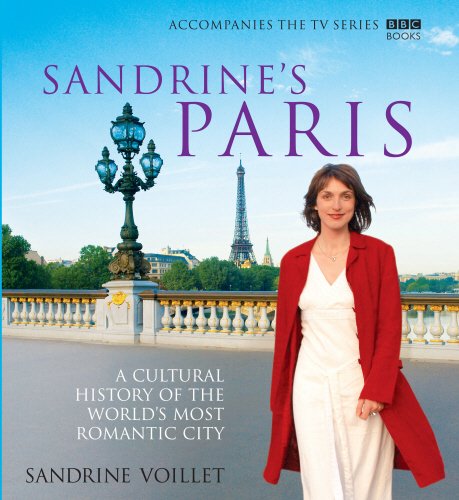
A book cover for Sandrine's Paris: A Cultural History of the World's Most Romantic City; Sandrine Voillet; Romance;